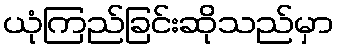
ယုံကြည်ခြင်းဆိုသည်မှာ